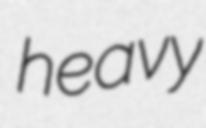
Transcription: heavy